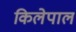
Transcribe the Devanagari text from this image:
किलेपाल